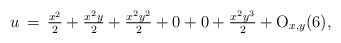
\begin{align*}u\,=\,\tfrac{x^2}{2}+\tfrac{x^2y}{2}+\tfrac{x^2y^2}{2}+0+0+\tfrac{x^2y^3}{2}+{\rm O}_{x,y}(6),\end{align*}